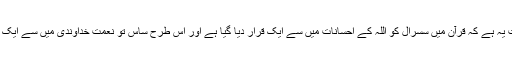
حقیقت یہ ہے کہ قرآن میں سسرال کو اللہ کے احسانات میں سے ایک قرار دیا گیا ہے اور اس طرح ساس تو نعمتِ خداوندی میں سے ایک ہوئی۔